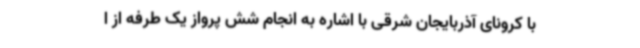
با کرونای آذربایجان‌ شرقی با اشاره به انجام شش پرواز یک طرفه از ا